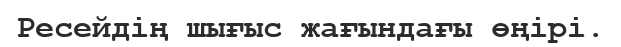
Ресейдің шығыс жағындағы өңірі.